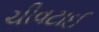
ચીવટાઈ